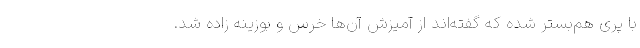
با پری هم‌بستر شده که گفته‌اند از آمیزش آن‌ها خرس و بوزینه زاده شد.